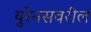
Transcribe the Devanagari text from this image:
युरेनसवरील